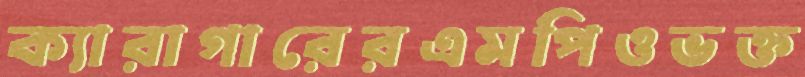
ক্যারাগারেরএমপিওভক্ত